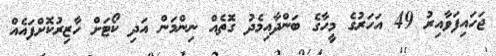
ޖަހައިފަވާއިރު 49 އަހަރުގެ މީހާގެ ބަންދާއިމެދު ގޮތެއް ނިންމަން އަދި ކޯޓަށް ހާޒިރުކޮށްފައެއް